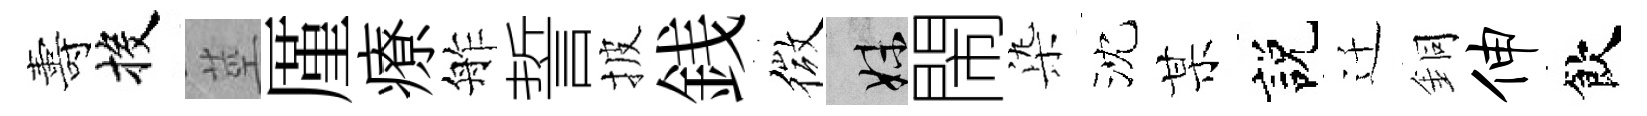
夀投莖厪療舴誓披銭微妹閙𣑱沈某説迁銅伸飲